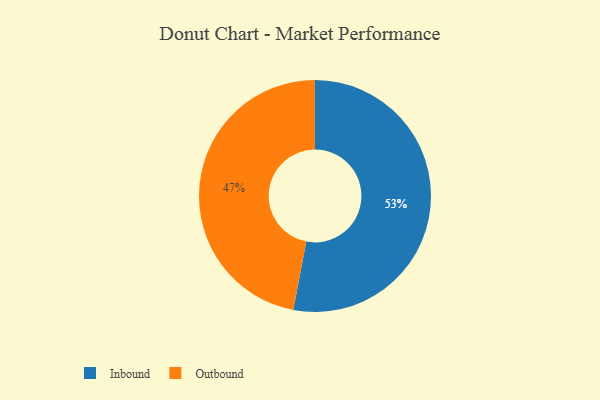
{"axis": {"x": "Category", "y": "Percentage"}, "legend": ["Inbound", "Outbound"], "data": [{"x": "Outbound", "y": 47, "type": "Outbound"}, {"x": "Inbound", "y": 53, "type": "Inbound"}]}